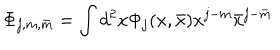
\Phi _ { j , m , \bar { m } } = \int d ^ { 2 } x \Phi _ { j } ( x , \bar { x } ) x ^ { j - m } \bar { x } ^ { j - \bar { m } }